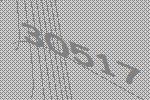
30517